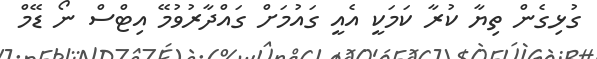
ގުޅިގެން ތިޔާ ކުރާ ކަމަކީ އެއީ ގައުމަށް ގައްދާރުވުމޭ އިޓްސް ނޯ ޑޭމް